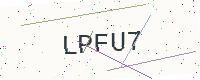
Text: LPFU7